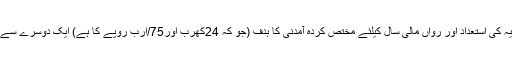
ٹیکس انتظامیہ کی استعداد اور رواں مالی سال کیلئے مختص کردہ آمدنی کا ہدف (جو کہ 24کھرب اور75/ارب روپے کا ہے) ایک دوسرے سے متصادم ہے۔